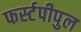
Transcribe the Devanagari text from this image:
फर्स्टपीपुल